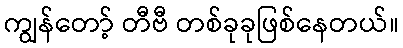
ကျွန်တော့် တီဗီ တစ်ခုခုဖြစ်နေတယ်။